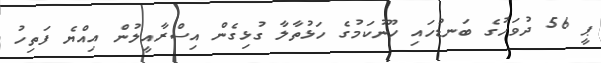
ޕީ 56 ދުވަހުގެ ބަނޑުހައި ހޫނުކަމުގެ ހަޅުތާލާ ގުޅިގެން އިސްރާއީލުން އިއްޔެ ފަތިހު